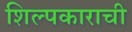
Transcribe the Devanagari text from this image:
शिल्पकाराची